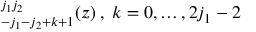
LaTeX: \O _ { - j _ { 1 } - j _ { 2 } + k + 1 } ^ { j _ { 1 } j _ { 2 } } ( z ) \: , \; k = 0 , \dots , 2 j _ { 1 } - 2